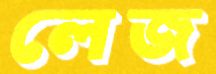
লেজ